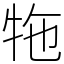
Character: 㸱